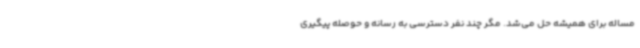
مساله برای همیشه حل می‌شد. مگر چند نفر دسترسی به رسانه و حوصله پیگیری